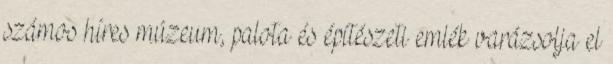
számos híres múzeum, palota és építészeti emlék varázsolja el